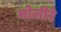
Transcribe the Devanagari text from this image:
मोलीरे